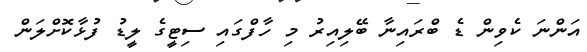
އަންނަ ކެވިން ޑެ ބްރައިނާ ބޭލިއިރު މި ހާފްގައި ސިޓީގެ ލީޑު ފުޅާކޮށްލަން